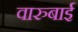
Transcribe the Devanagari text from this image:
वारुबाई